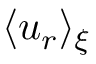
\langle u _ { r } \rangle _ { \xi }